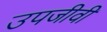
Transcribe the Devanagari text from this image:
उपजीवी